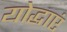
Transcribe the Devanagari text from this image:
योद्धाएं